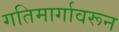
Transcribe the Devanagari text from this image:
गतिमार्गावरून